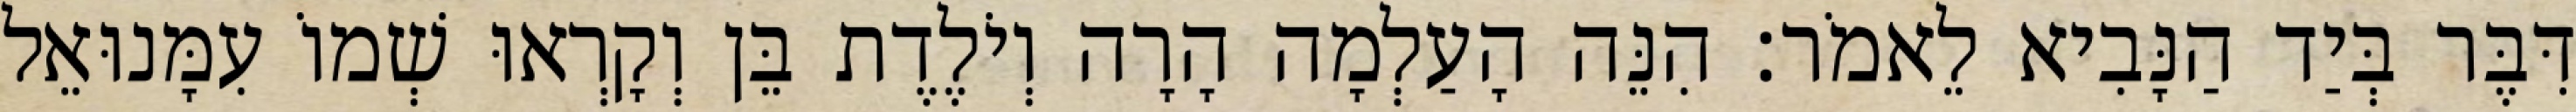
דִּבֶּר בְּיַד הַנָּבִיא לֵאמֹר׃ הִנֵּה הָעַלְמָה הָרָה וְיֹלֶדֶת בֵּן וְקָרְאוּ שְׁמוֹ עִמָּנוּאֵל